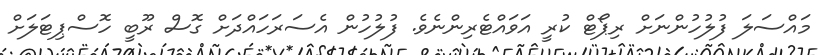
މައްސަލަ ފުލުހުންނަށް ރިޕޯޓް ކުރީ އަވައްޓެރިންނެވެ. ފުލުހުން އެސަރަހައްދަށް ގޮސް ރޫބީ ހޮސްޕިޓަލަށް